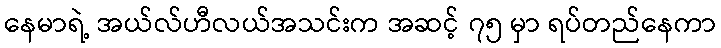
နေမာရဲ့ အယ်လ်ဟီလယ်အသင်းက အဆင့် ၇၅ မှာ ရပ်တည်နေကာ